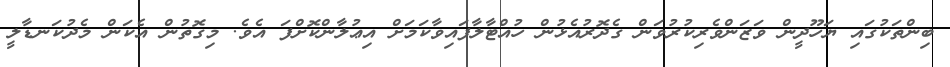
ބިންތަކުގައި ޔަހޫދީން ވަޒަންވެރިކުރުވަން ގެދޮރުއެޅުން ހުއްޓާލާފައިވާކަމަށް އިޢުލާންކޮށްފަ އެވެ. މިގޮތުން އެކަން މެދުކަނޑާލީ